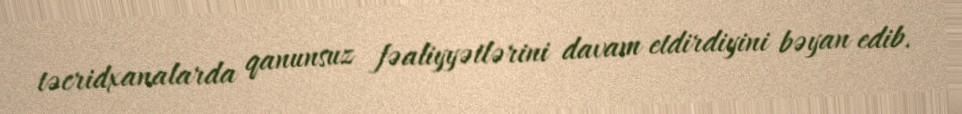
təcridxanalarda qanunsuz fəaliyyətlərini davam etdirdiyini bəyan edib.